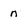
Character: n